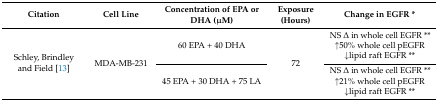
| Citation | Cell Line | Concentration of EPA or DHA (μM) | Exposure (Hours) | Change in EGFR * |
 | --- | --- | --- | --- | --- |
 | <ROWSPAN=2> Schley, Brindley and Field [13] | <ROWSPAN=2> MDA-MB-231 | 60 EPA + 40 DHA | <ROWSPAN=2> 72 | NS Δ in whole cell EGFR ** ↑50% whole cell pEGFR ↓lipid raft EGFR ** |
 | 45 EPA + 30 DHA + 75 LA | NS Δ in whole cell EGFR ** ↑21% whole cell pEGFR ↓lipid raft EGFR ** |